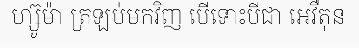
ហ្ស៊ូម៉ា ត្រឡប់មកវិញ បើទោះបីជា អេវឺតុន